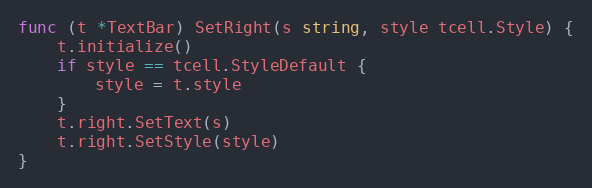
Language: Go
func (t *TextBar) SetRight(s string, style tcell.Style) {
	t.initialize()
	if style == tcell.StyleDefault {
		style = t.style
	}
	t.right.SetText(s)
	t.right.SetStyle(style)
}